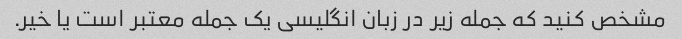
مشخص کنید که جمله زیر در زبان انگلیسی یک جمله معتبر است یا خیر.